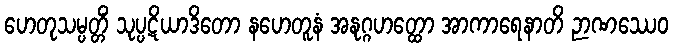
ဟေတုသမ္ပတ္တိံ သုပ္ပဋိယာဒိတော နဟေတူနံ အနုဂ္ဂဟတ္ထော အာကာရေနာတိ ဉာဏဿေဝ